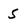
Character: S